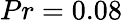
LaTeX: {Pr=0.08}